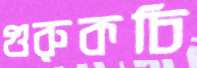
গুরুকচি